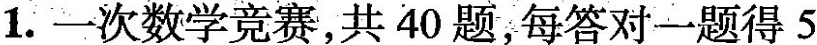
1. 一次数学竞赛，共40题，每答对一题得5